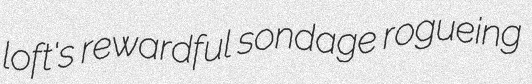
loft's rewardful sondage rogueing